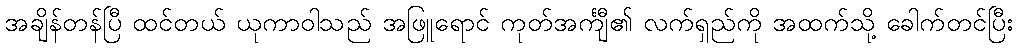
အချိန်တန်ပြီ ထင်တယ် ယုကာဝါသည် အဖြူရောင် ကုတ်အင်္ကျီ၏ လက်ရှည်ကို အထက်သို့ ခေါက်တင်ပြီး